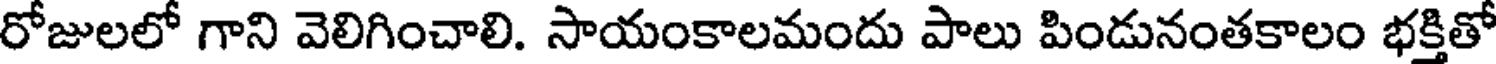
రోజులలో గాని వెలిగించాలి. సాయంకాలమందు పాలు పిండునంతకాలం భక్తితో